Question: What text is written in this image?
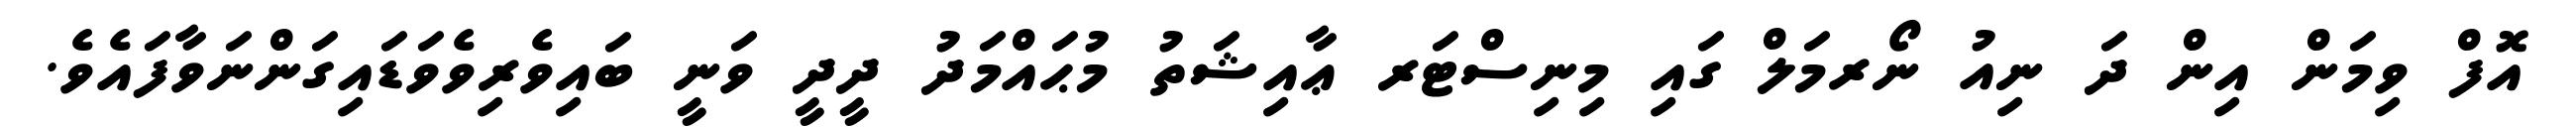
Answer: އޮފް ވިމަން އިން ދަ ނިއު ނޯރމަލް ގައި މިނިސްޓަރ ޢާއިޝަތު މުޙައްމަދު ދީދީ ވަނީ ބައިވެރިވެވަޑައިގަންނަވާފައެވެ.